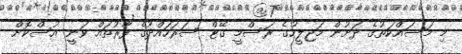
މި މަސައްކަތުގެ ދަށުން މަޖިލީހުގެ ރަސްމީ ގޭޓް ސަރަހައްދުގެ ފާރުތައް ވަނީ އުސްކޮށް